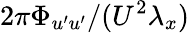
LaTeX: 2\pi\Phi_{u^{\prime}u^{\prime}}/(U^{2}\lambda_{x})